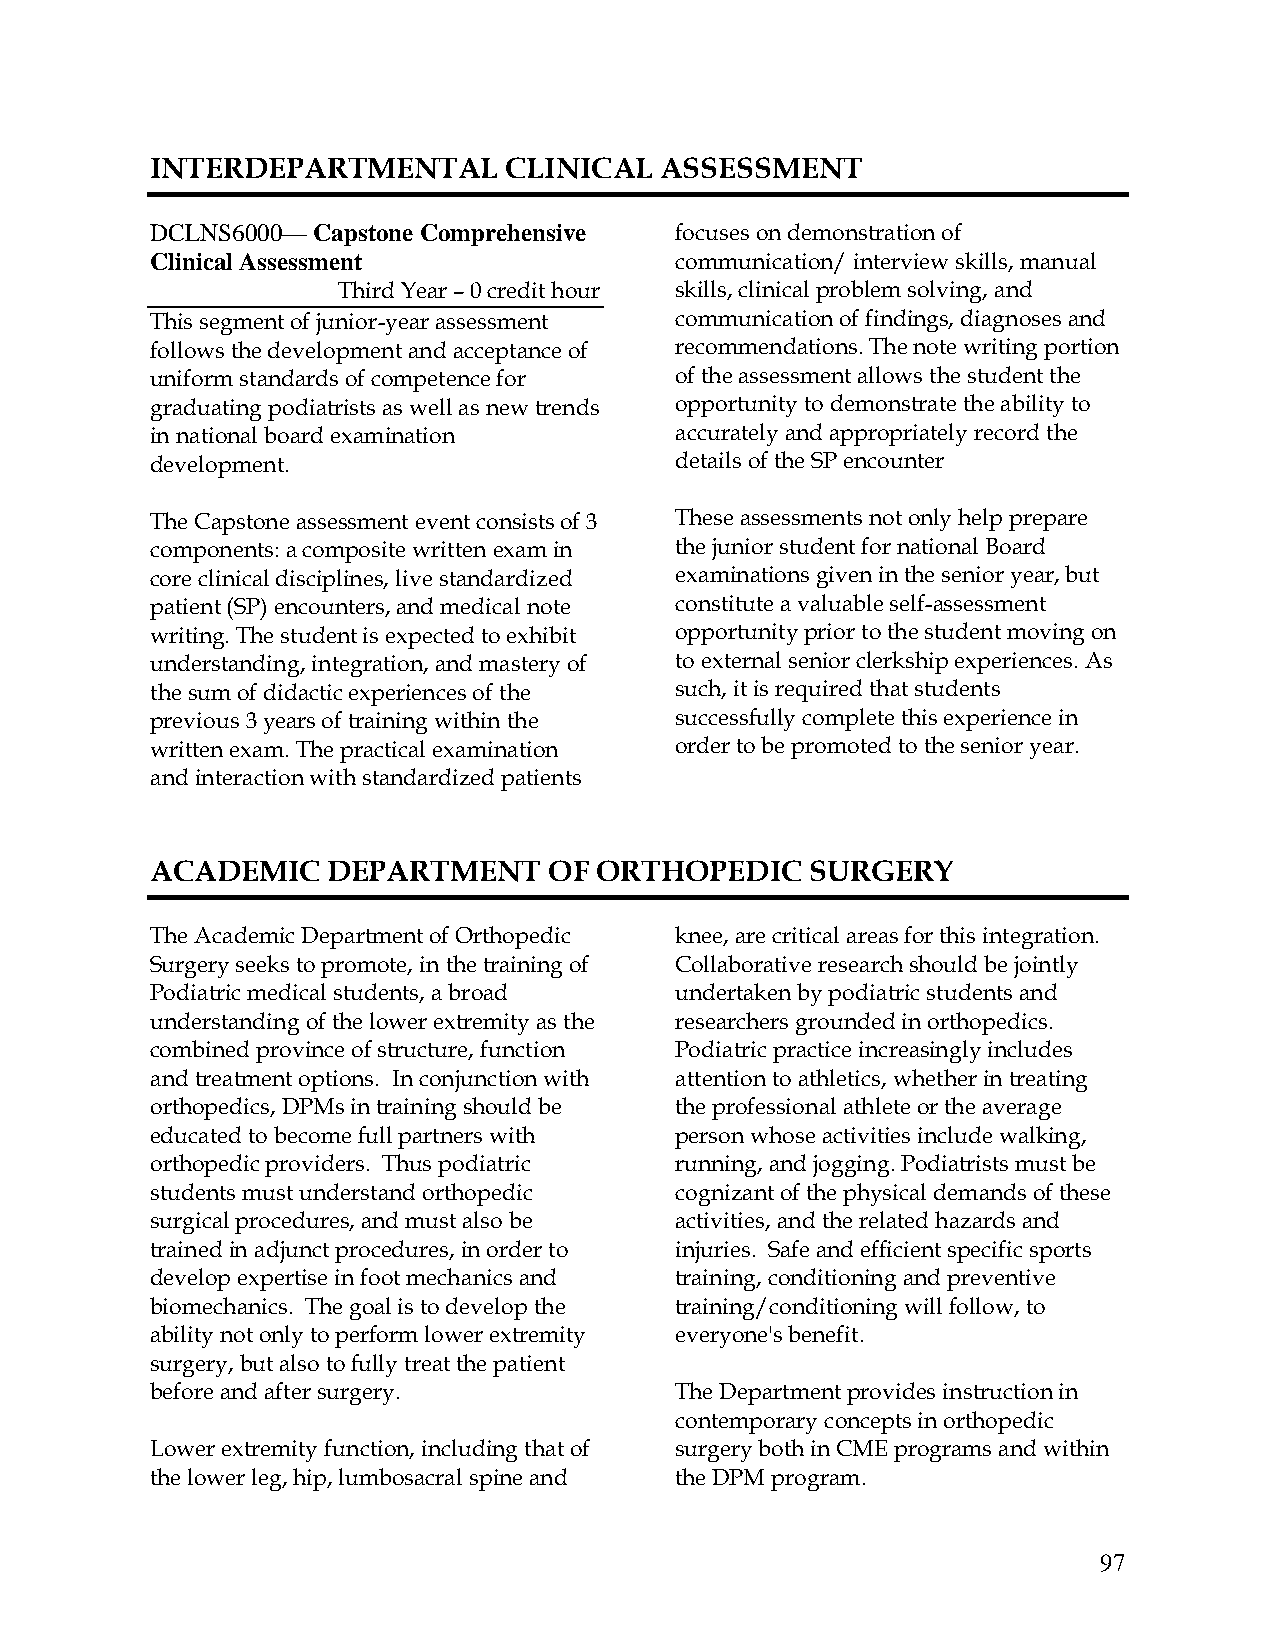
INTERDEPARTMENTAL      CLINICAL   ASSESSMENT
 DCLNS6000— Capstone Comprehensive  focuses on demonstration of
 Clinical Assessment                communication/ interview skills, manual
 Third Year – 0 credit hour skills, clinical problem solving, and
 This segment of junior-year assessment communication of findings, diagnoses and
 follows the development and acceptance of recommendations. The note writing portion
 uniform standards of competence for of the assessment allows the student the
 graduating podiatrists as well as new trends opportunity to demonstrate the ability to
 in national board examination      accurately and appropriately record the
 development.                       details of the SP encounter
 The Capstone assessment event consists of 3 These assessments not only help prepare
 components: a composite written exam in the junior student for national Board
 core clinical disciplines, live standardized examinations given in the senior year, but
 patient (SP) encounters, and medical note constitute a valuable self-assessment
 writing. The student is expected to exhibit opportunity prior to the student moving on
 understanding, integration, and mastery of to external senior clerkship experiences. As
 the sum of didactic experiences of the such, it is required that students
 previous 3 years of training within the successfully complete this experience in
 written exam. The practical examination order to be promoted to the senior year.
 and interaction with standardized patients
 ACADEMIC    DEPARTMENT    OF ORTHOPEDIC     SURGERY
 The Academic Department of Orthopedic knee, are critical areas for this integration.
 Surgery seeks to promote, in the training of Collaborative research should be jointly
 Podiatric medical students, a broad undertaken by podiatric students and
 understanding of the lower extremity as the researchers grounded in orthopedics.
 combined province of structure, function Podiatric practice increasingly includes
 and treatment options. In conjunction with attention to athletics, whether in treating
 orthopedics, DPMs in training should be the professional athlete or the average
 educated to become full partners with person whose activities include walking,
 orthopedic providers. Thus podiatric running, and jogging. Podiatrists must be
 students must understand orthopedic cognizant of the physical demands of these
 surgical procedures, and must also be activities, and the related hazards and
 trained in adjunct procedures, in order to injuries. Safe and efficient specific sports
 develop expertise in foot mechanics and training, conditioning and preventive
 biomechanics. The goal is to develop the training/conditioning will follow, to
 ability not only to perform lower extremity everyone's benefit.
 surgery, but also to fully treat the patient
 before and after surgery.          The Department provides instruction in
 contemporary concepts in orthopedic
 Lower extremity function, including that of surgery both in CME programs and within
 the lower leg, hip, lumbosacral spine and the DPM program.
 97